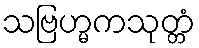
သဗြဟ္မကသုတ္တံ